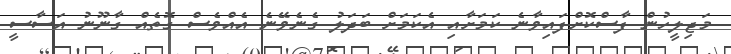
މަޖިލީހުން ފާސްކޮށްފައިވާނެ ކަމަށާއި އެކަމަށް ބަދަލު ގެނެވޭނެ އެއްވެސް ގޮތެއް ގާނޫނު އަސާސީ